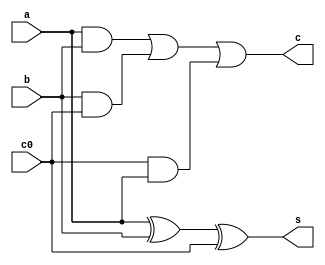
//////////////////////////////////////////////////////////////////////////////////
 
  
// Module Name:    full_adder 
// 
// Description: one bit full adder
//
 
//  Revision : 
// 
// Additional Comments: 
//
//////////////////////////////////////////////////////////////////////////////////
   

  module full_adder(a,b,c0,s,c);
  input a,b,c0;
  output s,c;

  assign s=a^b^c0;
  assign c=(a&b)|(b&c0)|(c0&a);

  endmodule